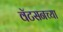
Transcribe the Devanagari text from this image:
वॅटसनच्या